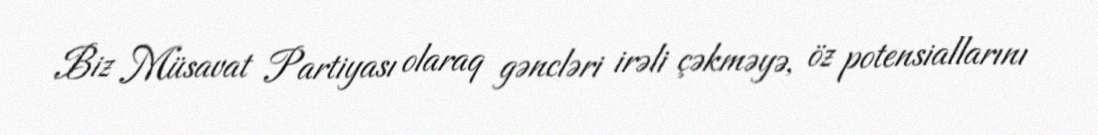
Biz Müsavat Partiyası olaraq gəncləri irəli çəkməyə, öz potensiallarını